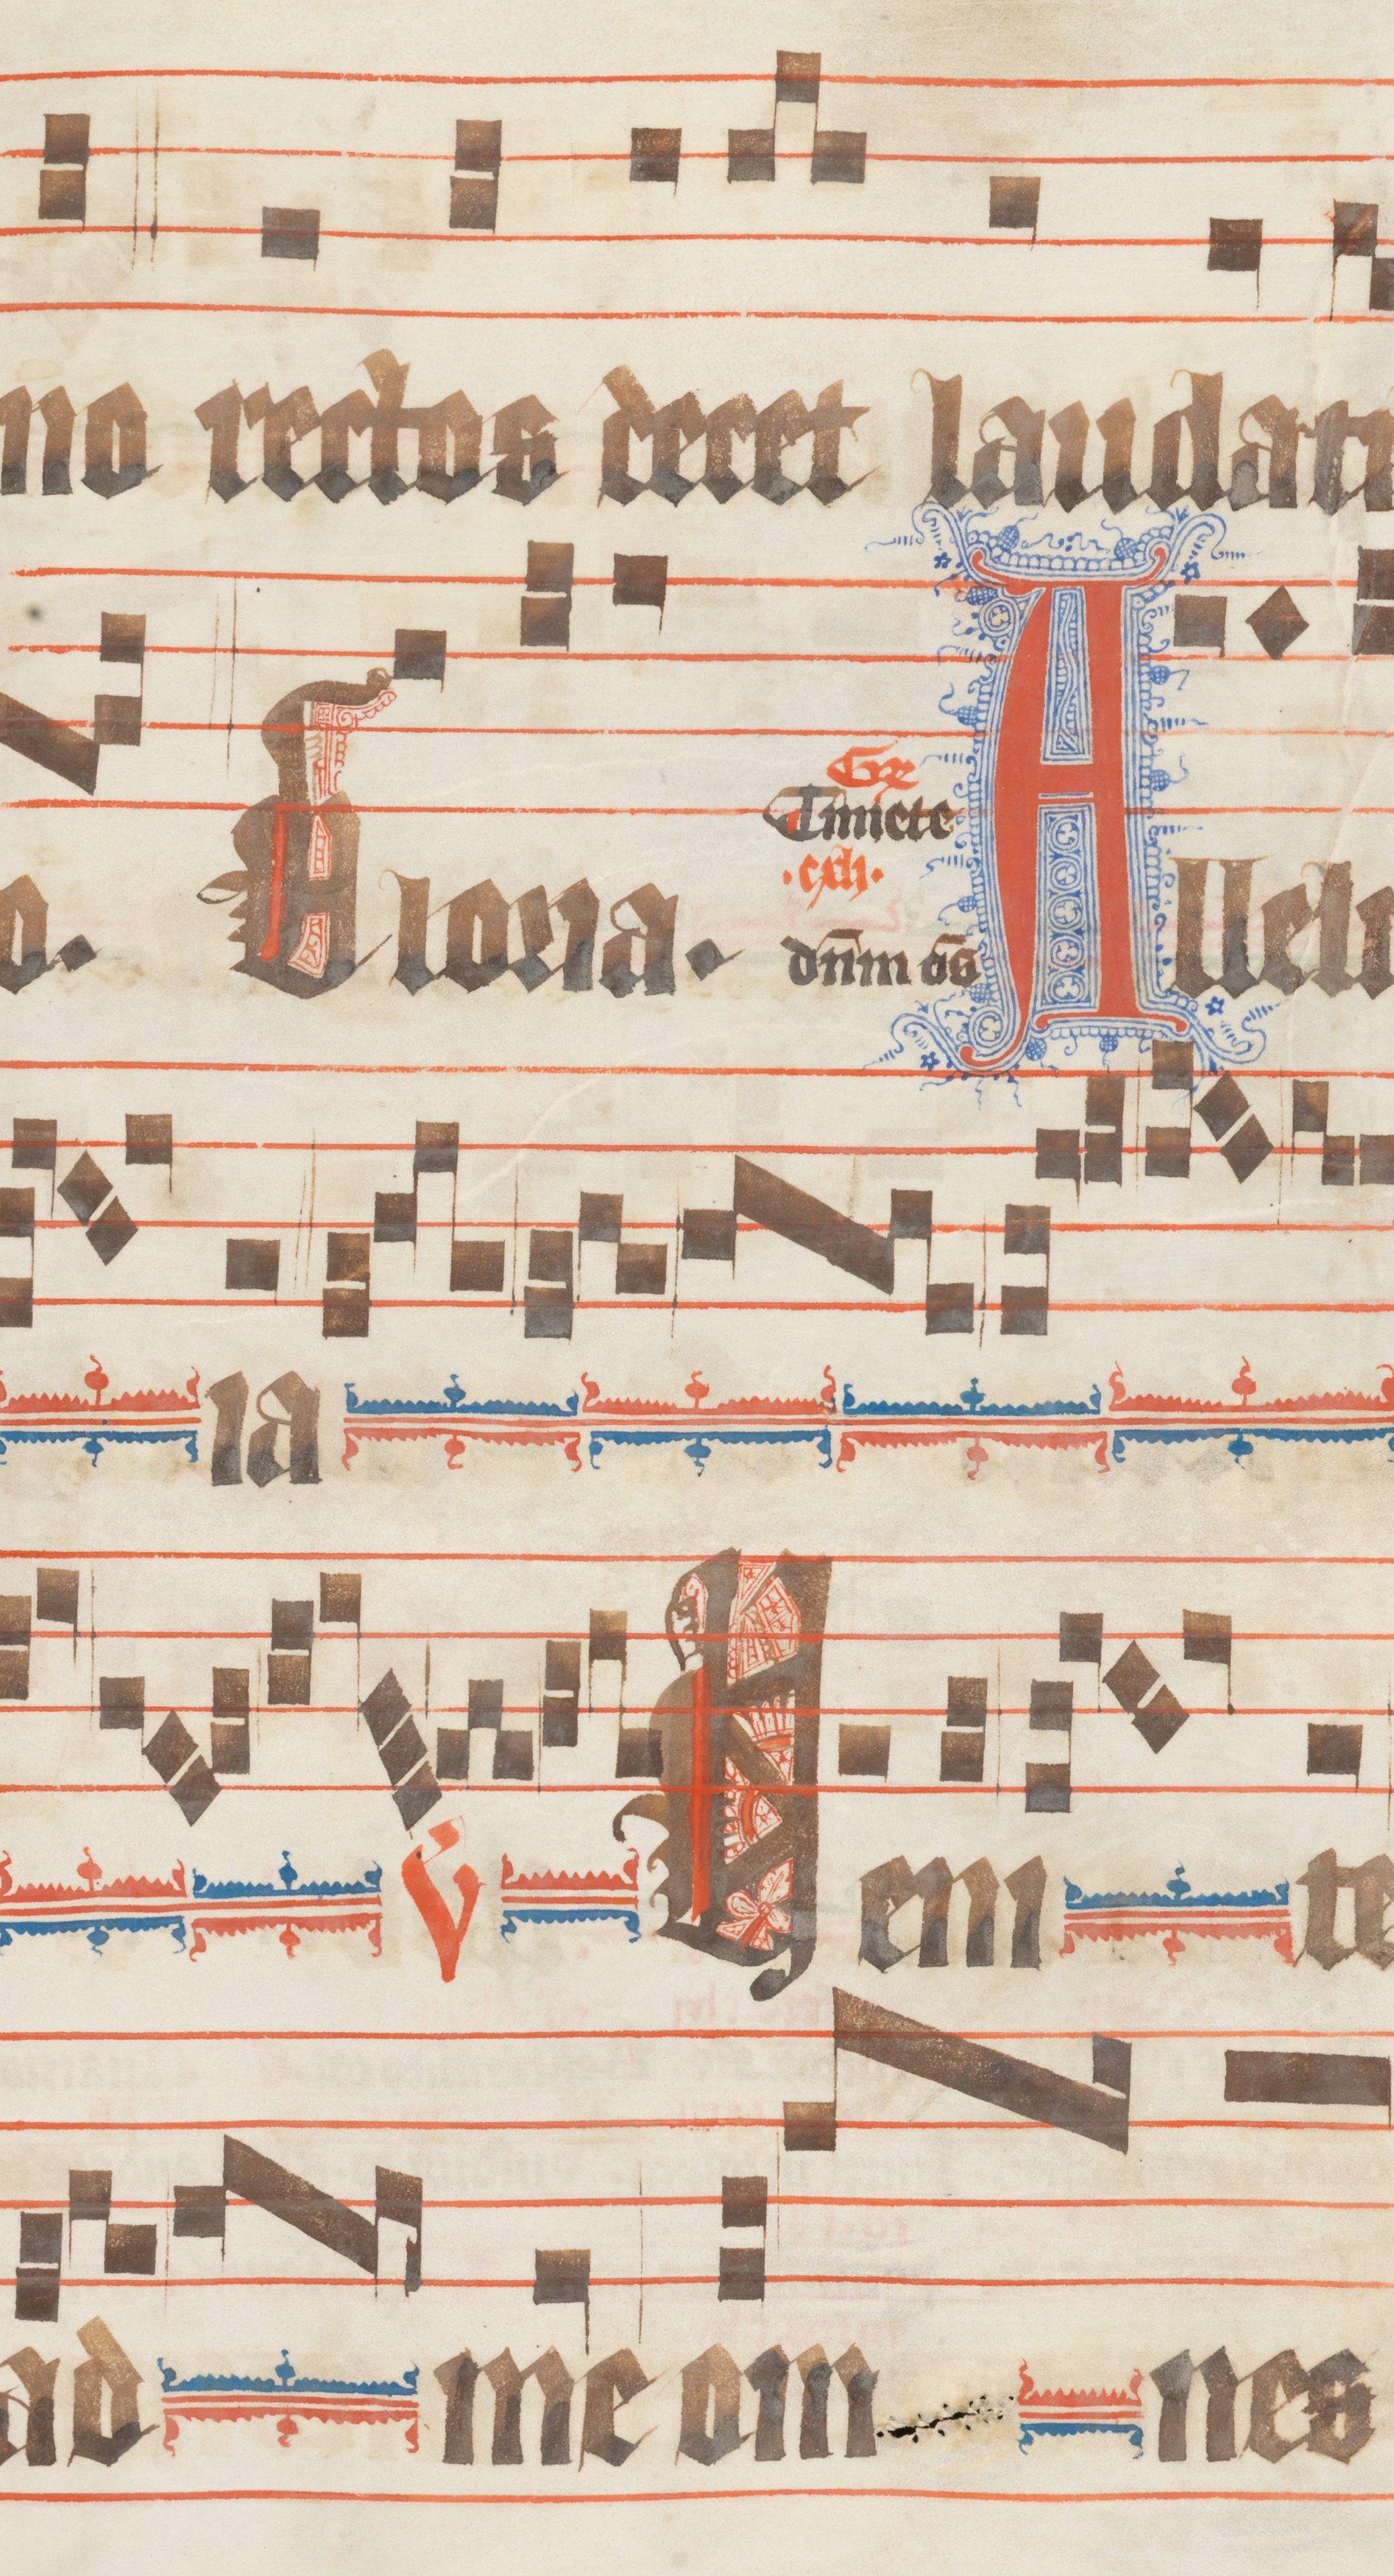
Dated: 1330–1335